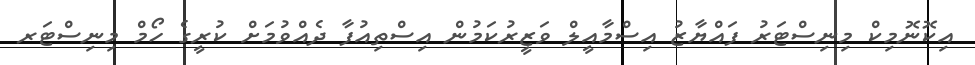
އިކޮނޮމިކް މިނިސްޓަރު ފައްޔާޒު އިސްމާއީލް ވަޒީރުކަމުން އިސްތިއުފާ ދެއްވުމަށް ކުރީގެ ހޯމް މިނިސްޓަރ